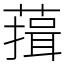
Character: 䔱